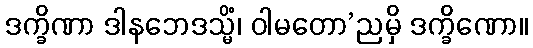
ဒက္ခိဏာ ဒါနဘေဒသ္မိံ၊ ဝါမတော’ညမှိ ဒက္ခိဏော။